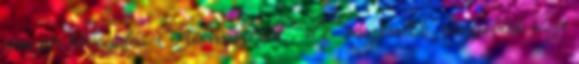
nem jár támogatás. Szokás szerint.” „A "rászorulók" nagyobbik része